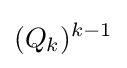
(Q_{k})^{k-1}